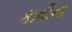
કાવીના